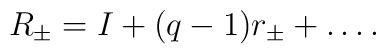
R_{\pm}=I+(q-1)r_{\pm}+\dots.